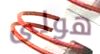
هولى